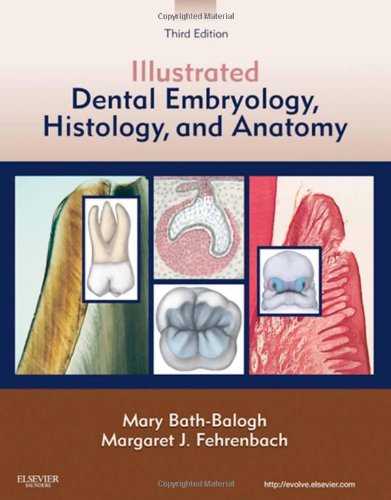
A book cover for Illustrated Dental Embryology, Histology, and Anatomy, 3e; Mary Bath-Balogh BA  BS  MS; Medical Books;